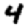
Digit: 4